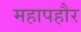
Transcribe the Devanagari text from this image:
महापहौर